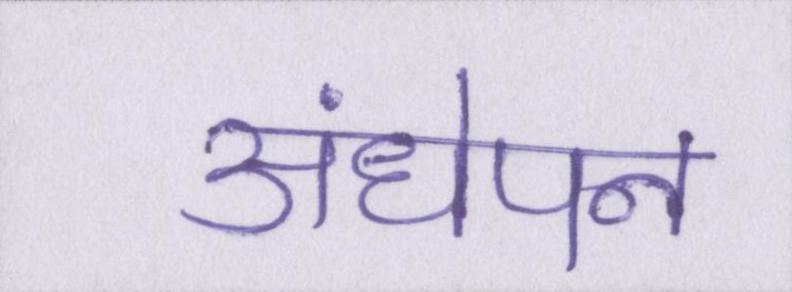
अंधेपन